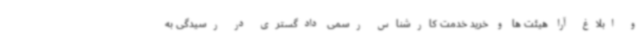
و ابلاغ آرا هیئت ها و خرید خدمت کارشناس رسمی دادگستری در رسیدگی به